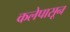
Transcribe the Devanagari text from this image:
कलेपासून